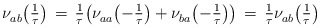
\begin{align*} \nu^{}_{ab} \bigl( \tfrac{1}{\tau}\bigr) \, = \, \tfrac{1}{\tau} \bigl( \nu^{}_{aa} \bigl(- \tfrac{1}{\tau}\bigr) + \nu^{}_{ba} \bigl( -\tfrac{1}{\tau}\bigr) \bigr) \, = \, \tfrac{1}{\tau} \nu^{}_{ab} \bigl( \tfrac{1}{\tau}\bigr) \end{align*}